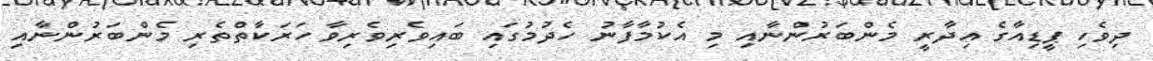
ދިވެހި ޕީޑިއާގެ އިދާރީ މެންބަރުންނާއި މި އެކުމާފާނު ހެދުމުގައި ބައިވެރިވެރިވާ ހަރަކާތްތެރި މެންބަރުންނާއި